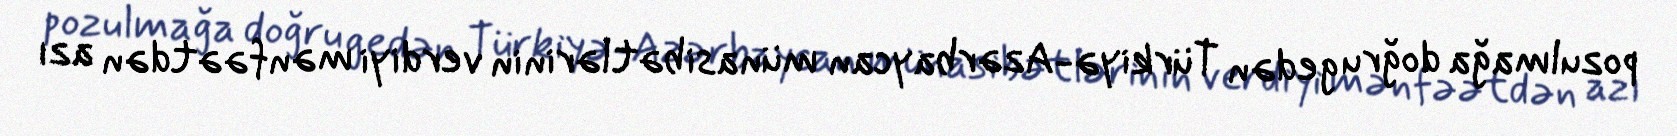
pozulmağa doğru gedən Türkiyə-Azərbaycan münasibətlərinin verdiyi mənfəətdən azı